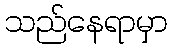
သည်နေရာမှာ